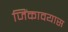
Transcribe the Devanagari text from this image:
जिंकावयास